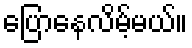
ပြောနေလိမ့်မယ်။